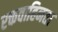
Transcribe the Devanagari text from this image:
रक्तवाहिनता